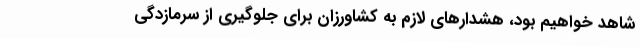
شاهد خواهیم بود، هشدارهای لازم به کشاورزان برای جلوگیری از سرمازدگی